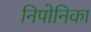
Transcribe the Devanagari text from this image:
निपोनिका